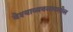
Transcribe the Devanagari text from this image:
वेश्याव्यवसायातील